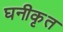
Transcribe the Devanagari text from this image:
घनीकृत